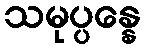
သမုပ္ပန္နေ